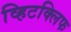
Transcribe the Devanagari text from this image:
व्हिटक्लिफ